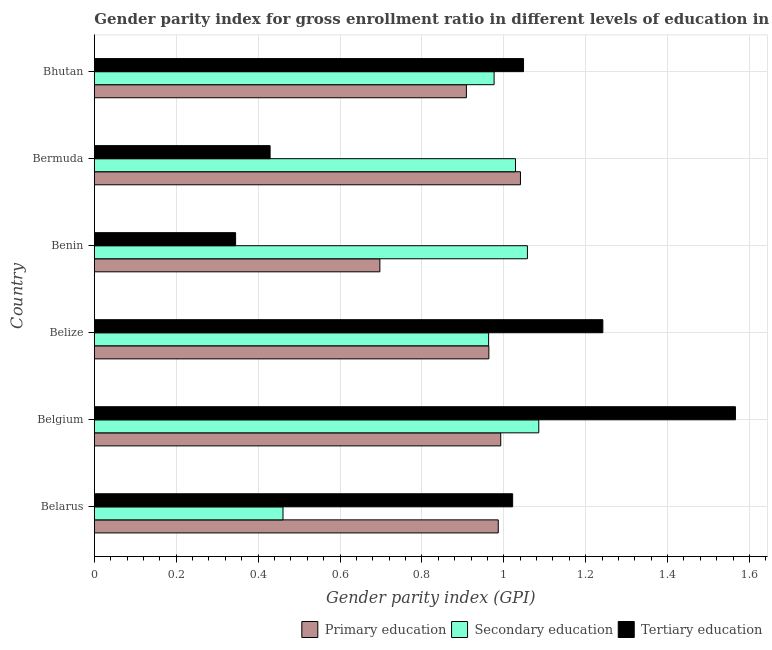
| Country | Primary education | Secondary education | Tertiary education |
 | --- | --- | --- | --- |
 | Belarus | 0.987 | 0.461 | 1.02 |
 | Belgium | 0.993 | 1.09 | 1.57 |
 | Belize | 0.964 | 0.963 | 1.24 |
 | Benin | 0.697 | 1.06 | 0.345 |
 | Bermuda | 1.04 | 1.03 | 0.429 |
 | Bhutan | 0.909 | 0.976 | 1.05 |